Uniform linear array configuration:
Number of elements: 32
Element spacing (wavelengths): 0.5
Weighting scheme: blackman
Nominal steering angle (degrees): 60
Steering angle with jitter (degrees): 59.192
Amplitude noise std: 0.05
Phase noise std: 0.05

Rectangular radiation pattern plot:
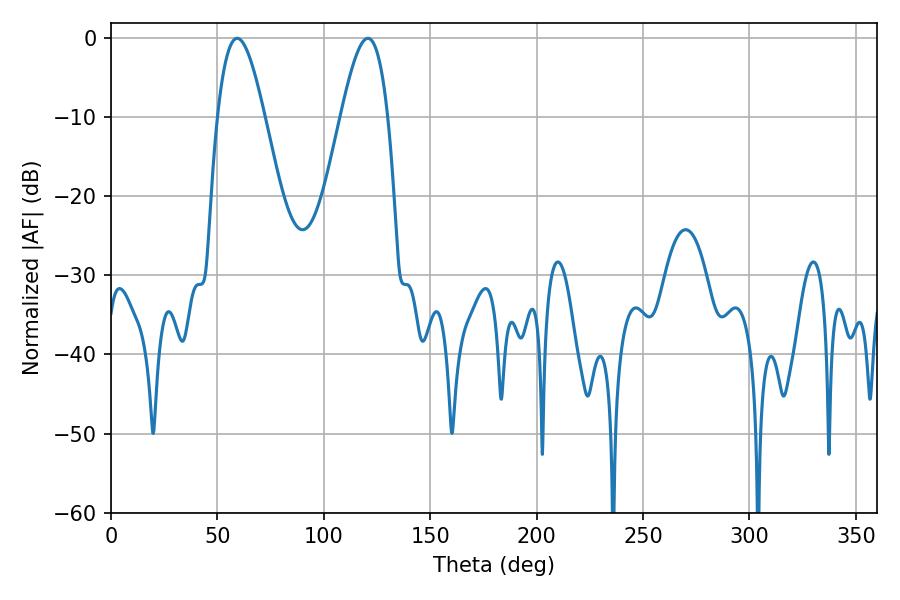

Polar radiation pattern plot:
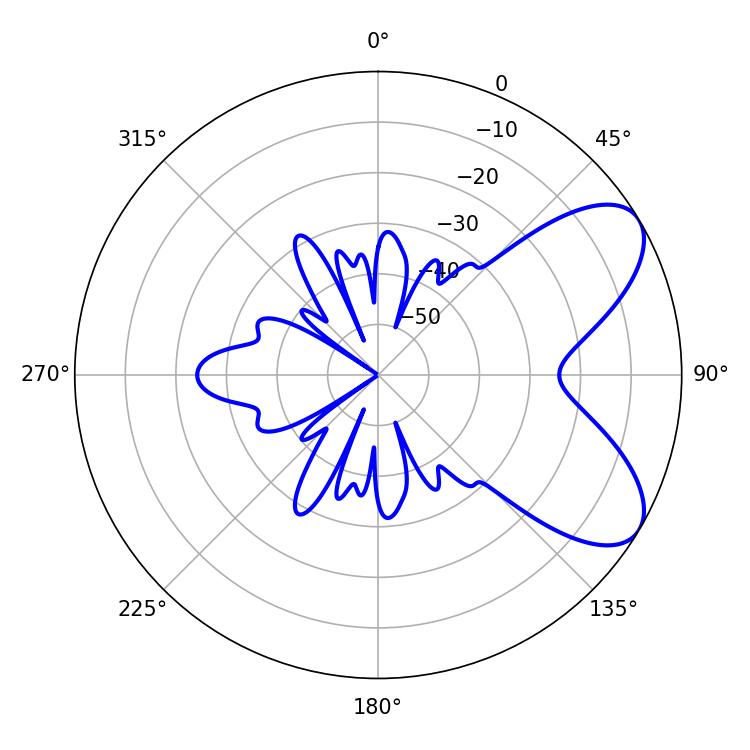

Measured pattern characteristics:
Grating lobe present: FALSE
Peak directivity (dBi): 7.049
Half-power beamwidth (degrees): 12.06
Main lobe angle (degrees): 59.22